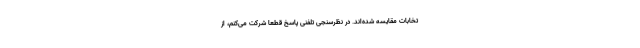
تخابات مقایسه شده‌اند. در نظرسنجی تلفنی پاسخ قطعا شرکت می‌کنم، از